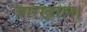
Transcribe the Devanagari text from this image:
त्रारख़ाल।